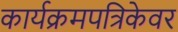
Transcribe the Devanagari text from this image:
कार्यक्रमपत्रिकेवर